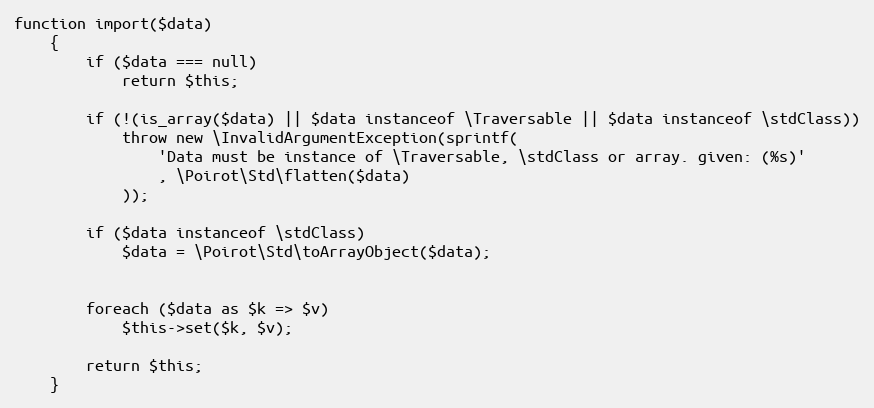
Language: PHP
function import($data)
    {
        if ($data === null)
            return $this;

        if (!(is_array($data) || $data instanceof \Traversable || $data instanceof \stdClass))
            throw new \InvalidArgumentException(sprintf(
                'Data must be instance of \Traversable, \stdClass or array. given: (%s)'
                , \Poirot\Std\flatten($data)
            ));

        if ($data instanceof \stdClass)
            $data = \Poirot\Std\toArrayObject($data);

        foreach ($data as $k => $v)
            $this->set($k, $v);

        return $this;
    }